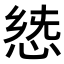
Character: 𢛭